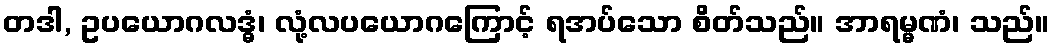
တဒါ, ဥပယောဂလဒ္ဓံ၊ လုံ့လပယောဂကြောင့် ရအပ်သော စိတ်သည်။ အာရမ္မဏံ၊ သည်။